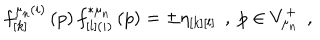
LaTeX: f _ { \left[ k \right] } ^ { \mu _ { n } ( i ) } \left( p \right) f _ { \left[ l \right] ( i ) } ^ { * \mu _ { n } } \left( p \right) = \pm \eta _ { \left[ k \right] \left[ l \right] } \; \, , \; p \in V _ { \mu _ { n } } ^ { + } \; \, ,